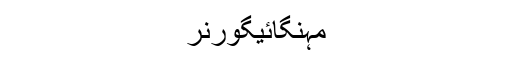
مہنگائیگورنر